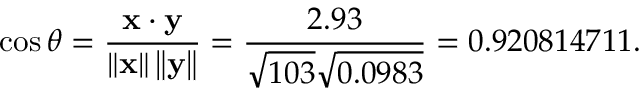
\cos \theta = { \frac { \mathbf { x } \cdot \mathbf { y } } { \left\| \mathbf { x } \right\| \left\| \mathbf { y } \right\| } } = { \frac { 2 . 9 3 } { { \sqrt { 1 0 3 } } { \sqrt { 0 . 0 9 8 3 } } } } = 0 . 9 2 0 8 1 4 7 1 1 .